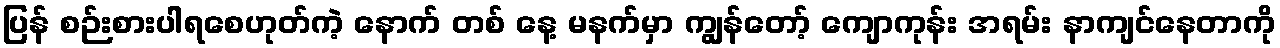
ပြန် စဉ်းစားပါရစေဟုတ်ကဲ့ နောက် တစ် နေ့ မနက်မှာ ကျွန်တော့် ကျောကုန်း အရမ်း နာကျင်နေတာကို